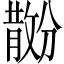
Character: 𪯗